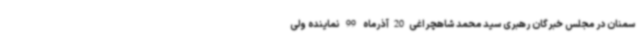
سمنان در مجلس خبرگان رهبری سید محمد شاهچراغی20آذرماه 99 نماینده ولی